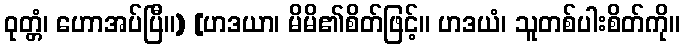
ဝုတ္တံ၊ ဟောအပ်ပြီ။) [ဟဒယာ၊ မိမိ၏စိတ်ဖြင့်။ ဟဒယံ၊ သူတစ်ပါးစိတ်ကို။